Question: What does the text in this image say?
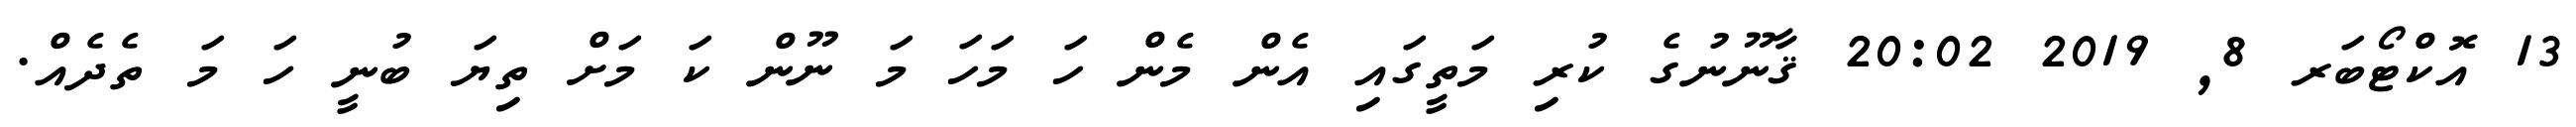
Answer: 13 އޮކްޓޯބަރ 8, 2019 20:02 ޤާނޫނުގެ ކުރި މަތީގައި އެން މެން ހަ މަހަ މަ ނޫން ކަ މަށް ތިޔަ ބުނީ ހަ މަ ތެދެއް.